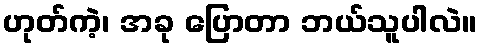
ဟုတ်ကဲ့၊ အခု ပြောတာ ဘယ်သူပါလဲ။